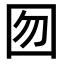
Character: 囫